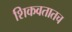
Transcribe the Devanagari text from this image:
शिकवतातच